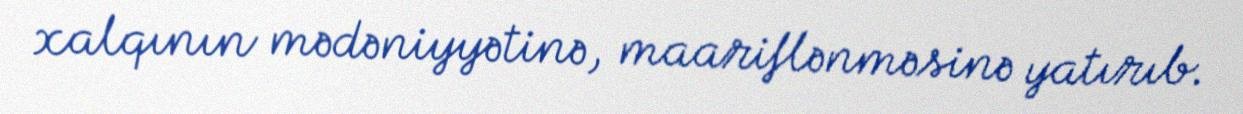
xalqının mədəniyyətinə, maariflənməsinə yatırıb.